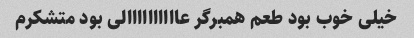
خیلی خوب بود طعم همبرگر عاااااااااالی بود متشکرم